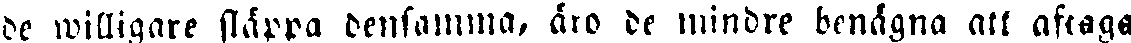
de willigare släppa densamma, äro de mindre benägna att afraga